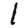
Digit: 1